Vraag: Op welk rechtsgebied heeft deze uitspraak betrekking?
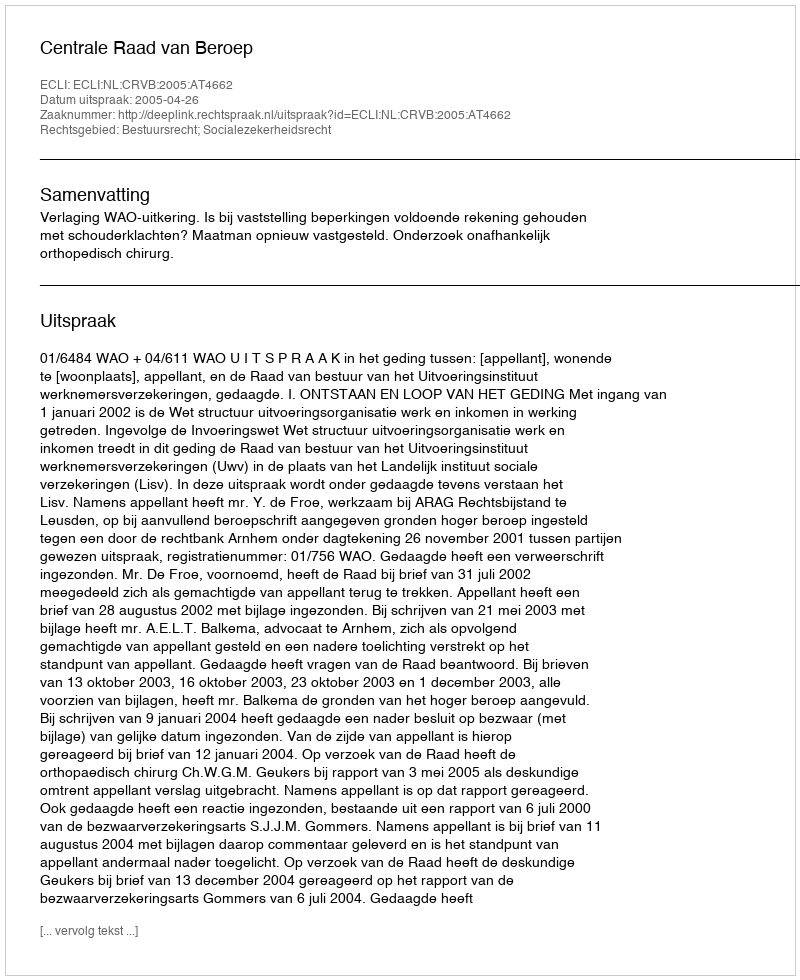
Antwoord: Bestuursrecht; Socialezekerheidsrecht